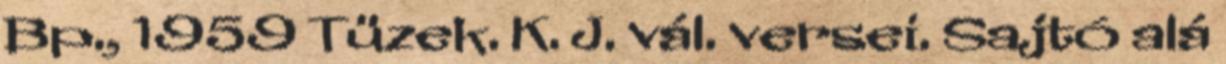
Bp., 1959 Tüzek. K. J. vál. versei. Sajtó alá